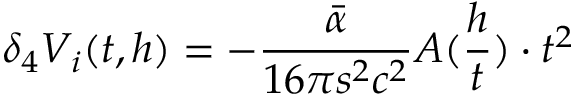
\delta _ { 4 } V _ { i } ( t , h ) = - \frac { \bar { \alpha } } { 1 6 \pi s ^ { 2 } c ^ { 2 } } A ( \frac { h } { t } ) \cdot t ^ { 2 }